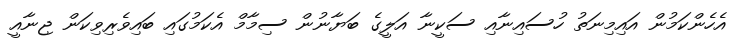
އެހެންކަމުން އައިމިނަތު ހުސައިނާއި ސަކީނާ އަލީގެ ބަޔާނުން ސިމާމް އެކަމުގައި ބައިވެރިވިކަން ޖިނާއީ